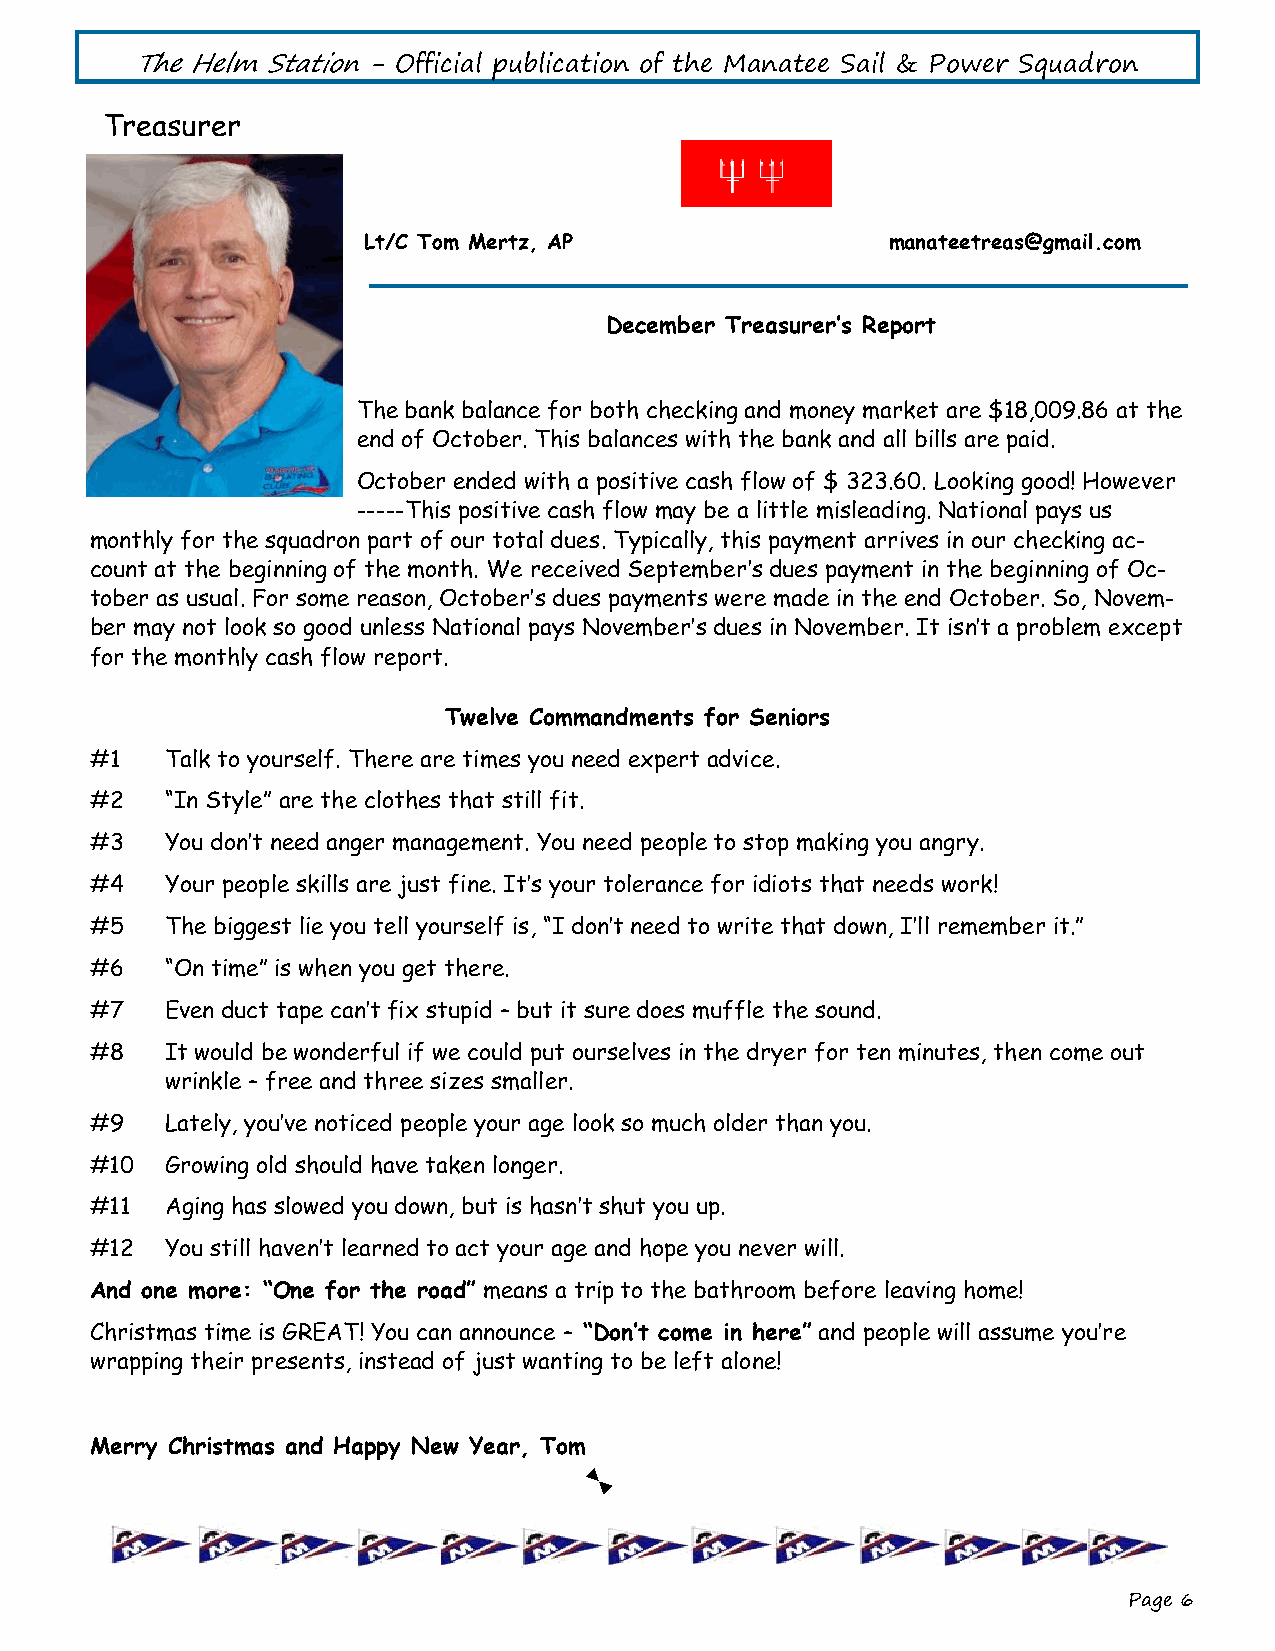
The Helm Station - Official publication of the Manatee Sail & Power Squadron
 Treasurer
 Lt/C Tom Mertz, AP                 manateetreas@gmail.com
 December Treasurer’s Report
 The bank balance for both checking and money market are $18,009.86 at the
 end of October. This balances with the bank and all bills are paid.
 October ended with a positive cash flow of $ 323.60. Looking good! However
 -----This positive cash flow may be a little misleading. National pays us
 monthly for the squadron part of our total dues. Typically, this payment arrives in our checking ac-
 count at the beginning of the month. We received September’s dues payment in the beginning of Oc-
 tober as usual. For some reason, October’s dues payments were made in the end October. So, Novem-
 ber may not look so good unless National pays November’s dues in November. It isn’t a problem except
 for the monthly cash flow report.
 Twelve Commandments for Seniors
 #1   Talk to yourself. There are times you need expert advice.
 #2   “In Style” are the clothes that still fit.
 #3   You don’t need anger management. You need people to stop making you angry.
 #4   Your people skills are just fine. It’s your tolerance for idiots that needs work!
 #5   The biggest lie you tell yourself is, “I don’t need to write that down, I’ll remember it.”
 #6   “On time” is when you get there.
 #7   Even duct tape can’t fix stupid – but it sure does muffle the sound.
 #8   It would be wonderful if we could put ourselves in the dryer for ten minutes, then come out
 wrinkle – free and three sizes smaller.
 #9   Lately, you’ve noticed people your age look so much older than you.
 #10  Growing old should have taken longer.
 #11  Aging has slowed you down, but is hasn’t shut you up.
 #12  You still haven’t learned to act your age and hope you never will.
 And one more: “One for the road” means a trip to the bathroom before leaving home!
 Christmas time is GREAT! You can announce – “Don’t come in here” and people will assume you’re
 wrapping their presents, instead of just wanting to be left alone!
 Merry Christmas and Happy New Year, Tom
 Page 6